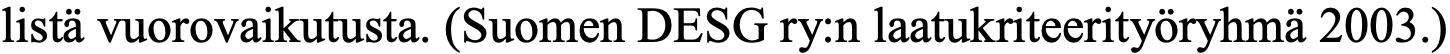
listä vuorovaikutusta. (Suomen DESG ry:n laatukriteerityöryhmä 2003.)